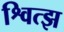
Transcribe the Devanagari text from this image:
श्वित्झ